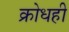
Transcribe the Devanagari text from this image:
क्रोधही